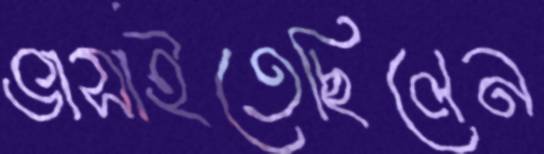
ভাসাইতেছিলেন